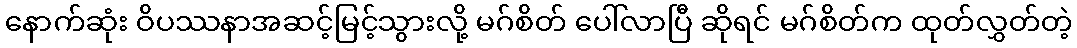
နောက်ဆုံး ဝိပဿနာအဆင့်မြင့်သွားလို့ မဂ်စိတ် ပေါ်လာပြီ ဆိုရင် မဂ်စိတ်က ထုတ်လွှတ်တဲ့